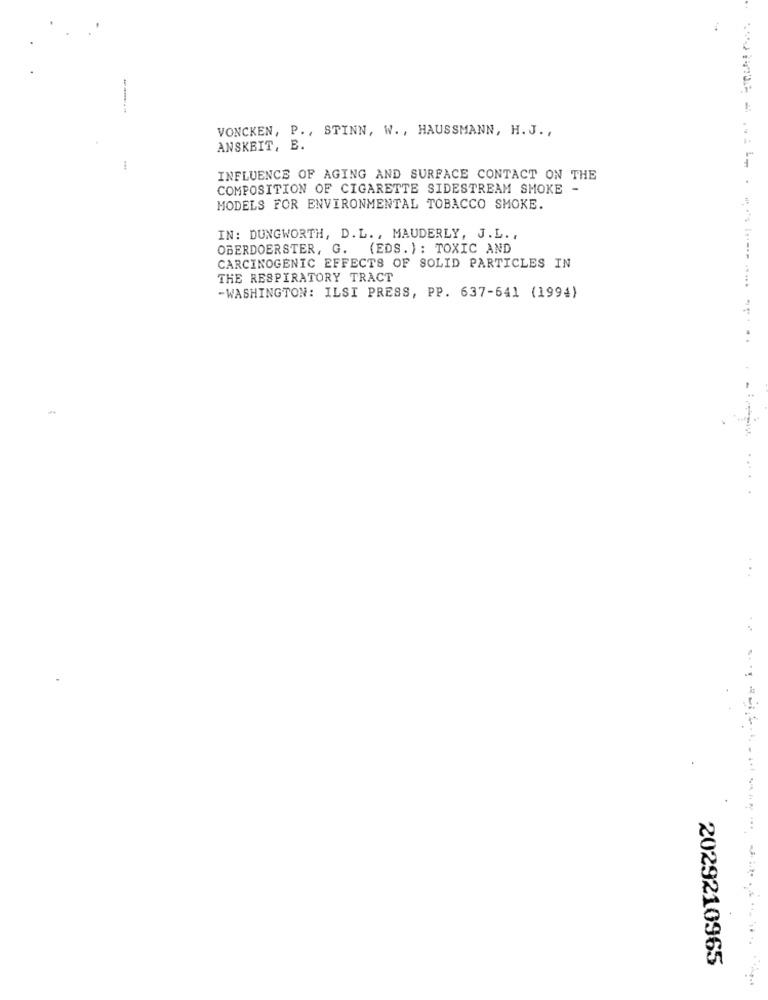
VONCKEN, P ., STINN, W ., HAUSSMANN, H. J .,
ANSKBIT, B.
INFLUENCE OF AGING AND SURFACE CONTACT ON THE
COMPOSITION OF CIGARETTE SIDESTREAM SMOKE -
MODELS FOR ENVIRONMENTAL TOBACCO SMOKE.
IN: DUNGWORTH, D. L. , MAUDERLY, J.L. ,
OBERDOERSTER, G. (EDS. ) : TOXIC AND
CARCINOGENIC EFFECTS OF SOLID PARTICLES IN
THE RESPIRATORY TRACT
-WASHINGTON: ILSI PRESS, PP. 637-641 (1994)
...........
2029210965